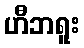
ဟီဘရူး